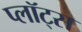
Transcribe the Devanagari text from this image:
प्लॉट्स